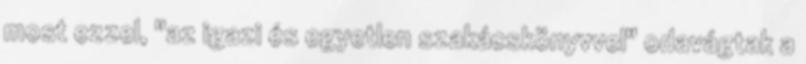
most ezzel, "az igazi és egyetlen szakácskönyvvel" odavágtak a